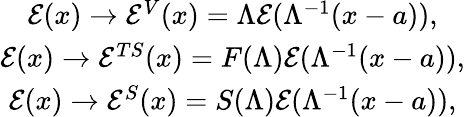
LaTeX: \begin{array}{c}{{\mathcal{E}(x)\rightarrow\mathcal{E}^{V}(x)=\Lambda\mathcal{E}(\Lambda^{-1}(x-a)),}}\\ {{\mathcal{E}(x)\rightarrow\mathcal{E}^{TS}(x)=F(\Lambda)\mathcal{E}(\Lambda^{-1}(x-a)),}}\\ {{\mathcal{E}(x)\rightarrow\mathcal{E}^{S}(x)=S(\Lambda)\mathcal{E}(\Lambda^{-1}(x-a)),}}\end{array}